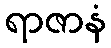
ရာဇာနံ